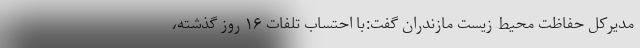
مدیرکل حفاظت محیط زیست مازندران گفت:با احتساب تلفات ۱۶ روز گذشته،